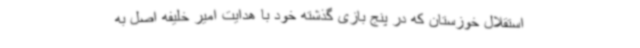
استقلال خوزستان که در پنج بازی گذشته خود با هدایت امیر خلیفه اصل به